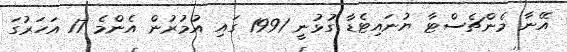
އޭނާ މެންޗެސްޓާ ޔުނައިޓެޑާ ގުޅުނީ 1991 ގައި އުމުރުން އެންމެ 17 އަހަރުގަ